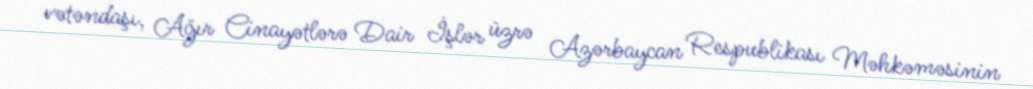
vətəndaşı, Ağır Cinayətlərə Dair İşlər üzrə Azərbaycan Respublikası Məhkəməsinin